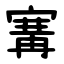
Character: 㝤